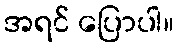
အရင် ပြောပါ။